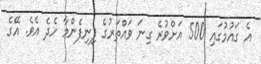
އެ ގައުމުގައި 500 އަށްވުރެ ގިނަ ވައްތަރުގެ ފިނިފެންމާ ހެދެ އެވެ. އޭގެ